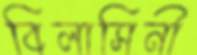
বিলাসিনী